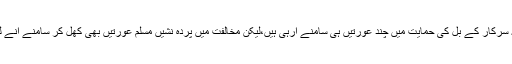
حالانکہ سرکار کے بل کی حمایت میں چند عورتیں ہی سامنے آرہی ہیں،لیکن مخالفت میں پردہ نشیں مسلم عورتیں بھی کھل کر سامنے آنے لگی ہیں۔